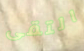
التقى